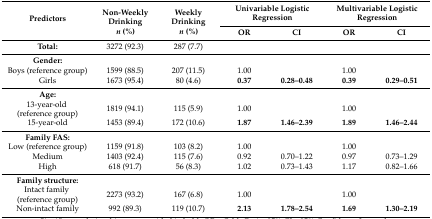
| <ROWSPAN=2> Predictors | <ROWSPAN=2> Non-Weekly Drinkingn (%) | <ROWSPAN=2> Weekly Drinkingn (%) | <COLSPAN=2> Univariable Logistic Regression | <COLSPAN=2> Multivariable Logistic Regression |
 | OR | CI | OR | CI |
 | --- | --- | --- | --- | --- | --- | --- |
 | Total: | 3272 (92.3) | 287 (7.7) |  |  |  |  |
 | Gender: |  |  |  |  |  |  |
 | Boys (reference group) | 1599 (88.5) | 207 (11.5) | 1.00 |  | 1.00 |  |
 | Girls | 1673 (95.4) | 80 (4.6) | 0.37 | 0.28–0.48 | 0.39 | 0.29–0.51 |
 | Age: |  |  |  |  |  |  |
 | 13-year-old (reference group) | 1819 (94.1) | 115 (5.9) | 1.00 |  | 1.00 |  |
 | 15-year-old | 1453 (89.4) | 172 (10.6) | 1.87 | 1.46–2.39 | 1.89 | 1.46–2.44 |
 | Family FAS: |  |  |  |  |  |  |
 | Low (reference group) | 1159 (91.8) | 103 (8.2) | 1.00 |  | 1.00 |  |
 | Medium | 1403 (92.4) | 115 (7.6) | 0.92 | 0.70–1.22 | 0.97 | 0.73–1.29 |
 | High | 618 (91.7) | 56 (8.3) | 1.02 | 0.73–1.43 | 1.17 | 0.82–1.66 |
 | Family structure: |  |  |  |  |  |  |
 | Intact family (reference group) | 2273 (93.2) | 167 (6.8) | 1.00 |  | 1.00 |  |
 | Non-intact family | 992 (89.3) | 119 (10.7) | 2.13 | 1.78–2.54 | 1.69 | 1.30–2.19 |